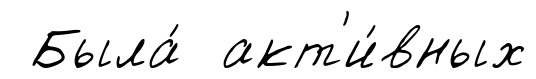
Была́ акт'и́вных